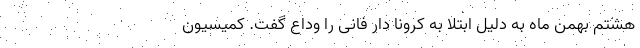
هشتم بهمن ماه به دلیل ابتلا به کرونا دار فانی را وداع گفت. کمیسیون